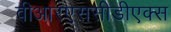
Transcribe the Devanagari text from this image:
वीआरएससीडीएक्स